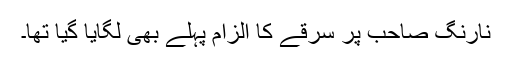
نارنگ صاحب پر سرقے کا الزام پہلے بھی لگایا گیا تھا۔